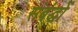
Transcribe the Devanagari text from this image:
संबंद्धों